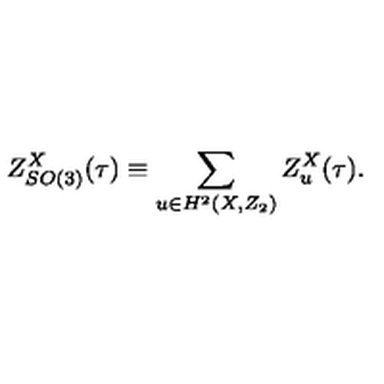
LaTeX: Z _ { S O ( 3 ) } ^ { X } ( \tau ) \equiv \sum _ { u \in H ^ { 2 } ( X , Z _ { 2 } ) } Z _ { u } ^ { X } ( \tau ) .